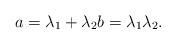
LaTeX: \begin{align*}a = \lambda_1 + \lambda_2 b = \lambda_1\lambda_2.\end{align*}